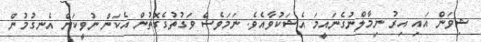
ޝިވަން އައި އިރު ނިމާލްނުގެނައީމަ އެޝަކުވާއެވެ. ނަމަވެސް ވަގުތުގެގޮތުން އެކަން ނުވީކަން އެނގުމުން